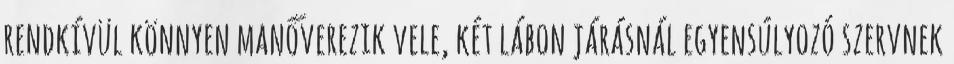
rendkívül könnyen manőverezik vele, két lábon járásnál egyensúlyozó szervnek